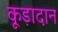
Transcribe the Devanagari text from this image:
कूड़ादान